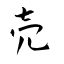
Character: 売